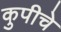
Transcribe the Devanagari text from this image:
कुपीचे